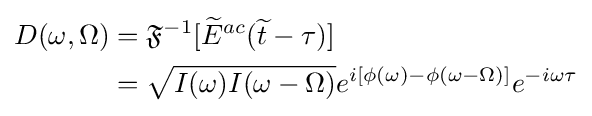
{\begin{aligned}D(\omega ,\Omega )&={\mathfrak {F}}^{-1}[{\widetilde {E}}^{ac}({\widetilde {t}}-\tau )]\\&={\sqrt {I(\omega )I(\omega -\Omega )}}e^{i[\phi (\omega )-\phi (\omega -\Omega )]}e^{-i\omega \tau }\end{aligned}}